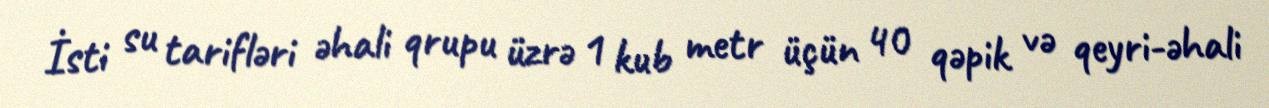
İsti su tarifləri əhali qrupu üzrə 1 kub metr üçün 40 qəpik və qeyri-əhali